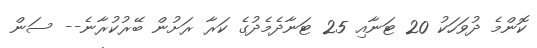
ކޮންމެ ދުވަހަކު 20 ޓަނާއި 25 ޓަނާދެމެދުގެ ކަރާ ރަށުން ބޭރުކުރާނެ-- ސަން